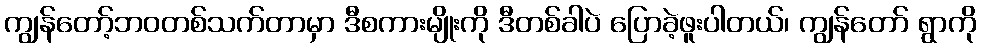
ကျွန်တော့်ဘဝတစ်သက်တာမှာ ဒီစကားမျိုးကို ဒီတစ်ခါပဲ ပြောခဲ့ဖူးပါတယ်၊ ကျွန်တော် ရွာကို